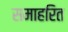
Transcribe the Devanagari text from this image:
समाहरित